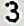
3